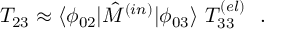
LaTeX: T _ { 2 3 } \approx \langle \phi _ { 0 2 } | \hat { M } ^ { ( i n ) } | \phi _ { 0 3 } \rangle \ T _ { 3 3 } ^ { ( e l ) } \ \ .